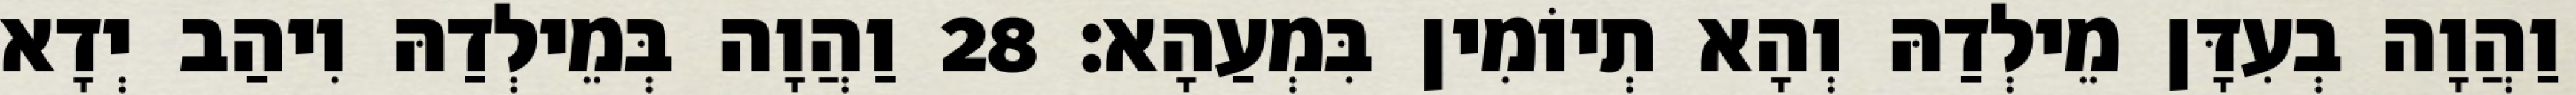
וַהֲוָה בְעִדָּן מֵילְדַהּ וְהָא תְיוֹמִין בִּמְעַהָא׃ 28 וַהֲוָה בְּמֵילְדַהּ וִיהַב יְדָא